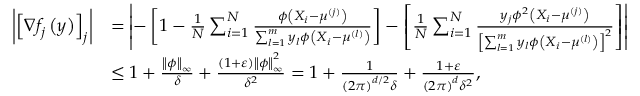
\begin{array} { r l } { \left| \left[ \nabla f _ { j } \left( y \right) \right] _ { j } \right| } & { = \left| - \left[ 1 - \frac { 1 } { N } \sum _ { i = 1 } ^ { N } \frac { \phi \left( X _ { i } - \mu ^ { ( j ) } \right) } { \sum _ { l = 1 } ^ { m } y _ { l } \phi \left( X _ { i } - \mu ^ { ( l ) } \right) } \right] - \left[ \frac { 1 } { N } \sum _ { i = 1 } ^ { N } \frac { y _ { j } \phi ^ { 2 } \left( X _ { i } - \mu ^ { ( j ) } \right) } { \left[ \sum _ { l = 1 } ^ { m } y _ { l } \phi \left( X _ { i } - \mu ^ { ( l ) } \right) \right] ^ { 2 } } \right] \right| } \\ & { \leq 1 + \frac { \left\Vert \phi \right\Vert _ { \infty } } { \delta } + \frac { \left( 1 + \varepsilon \right) \left\Vert \phi \right\Vert _ { \infty } ^ { 2 } } { \delta ^ { 2 } } = 1 + \frac { 1 } { \left( 2 \pi \right) ^ { d / 2 } \delta } + \frac { 1 + \varepsilon } { \left( 2 \pi \right) ^ { d } \delta ^ { 2 } } , } \end{array}